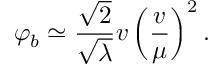
\varphi _ { b } \simeq \frac { \sqrt { 2 } } { \sqrt { \lambda } } v \left( \frac { v } { \mu } \right) ^ { 2 } .